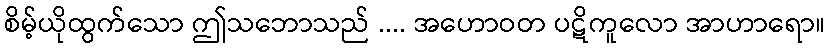
စိမ့်ယိုထွက်သော ဤသဘောသည် .... အဟောဝတ ပဋိကူလော အာဟာရော။